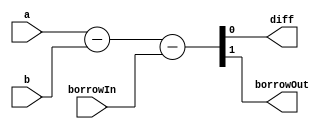
module full_subtract(diff, borrowOut, a, b, borrowIn);
    output diff;
    output borrowOut;
    input a, b, borrowIn;
    assign {borrowOut, diff} = a - b - borrowIn;
    //result of subtraction is two bits; the MSB is borrowOut and the LSB
    //is diff.
endmodule

module testingFS();
    reg a, b, borrowIn;
    wire diff, borrowOut;

    full_subtract fs(diff, borrowOut, a, b, borrowIn);

    initial begin
        a=1'b1; b=1'b1; borrowIn=1'b0;
    end

    initial begin
        #10 a=1'b1;
        #10 a=1'b0; b=1'b1;
        #10 a=1'b1; b=1'b0;
        #10 borrowIn=1'b1;
    end
    initial begin
        
        $display("a b borrowIn difference borrowOut time");
        $monitor("%b %b %b %b %b %t", a, b, borrowIn, diff, borrowOut, $time);
        #50 $finish;
    end
endmodule